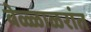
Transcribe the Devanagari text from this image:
वेळ्ळाळरांत